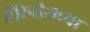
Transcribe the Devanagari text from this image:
पिरेनीजच्या